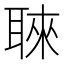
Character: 𮋳